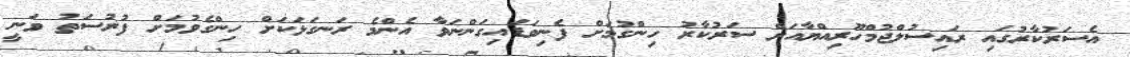
އެސަރުކާރުގައި ރައިސުލްޖުމްހޫރިއްޔާއަށް ސަރުކާރު ހިންގުމަށް ފެނިވަޑައިގަންނަވާ އެންމެ ރަނގަޅަކަށް ހިންގެވުމަށް ފުރުސަތު ވަނީ